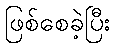
ဖြစ်စေခဲ့ပြီး